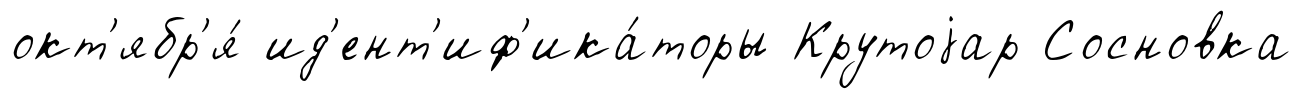
окт'ябр'я́ ид'ент'иф'ика́торы Крутоjар Сосновка